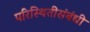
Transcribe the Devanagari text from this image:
परिस्थितीसंबंधी